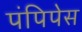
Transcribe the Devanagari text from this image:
पंपिपेस